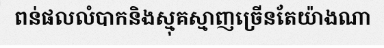
ពន់ផលលំបាកនិងស្មុគស្មាញច្រើនតែយ៉ាងណា